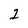
Character: 2